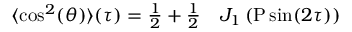
\begin{array} { r l } { \langle \cos ^ { 2 } ( \theta ) \rangle ( \tau ) = \frac { 1 } { 2 } + \frac { 1 } { 2 } } & { { } J _ { 1 } \left( \mathrm { P } \sin ( 2 \tau ) \right) } \end{array}